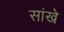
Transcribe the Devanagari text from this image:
सांखे